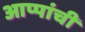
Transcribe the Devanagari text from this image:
आप्पांची